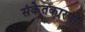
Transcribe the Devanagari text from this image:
संकेतकारणों